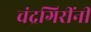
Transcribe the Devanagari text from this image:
चंद्रगिरींनी